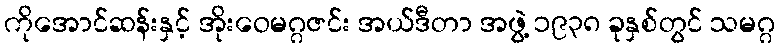
ကိုအောင်ဆန်းနှင့် အိုးဝေမဂ္ဂဇင်း အယ်ဒီတာ အဖွဲ့ ၁၉၃၈ ခုနှစ်တွင် သမဂ္ဂ